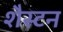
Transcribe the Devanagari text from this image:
शैस्टन